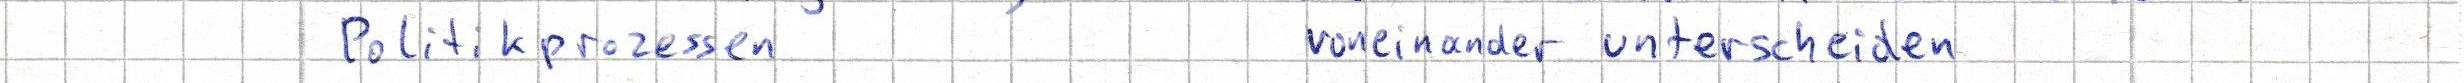
Politikprozessen     voneinander unterscheiden